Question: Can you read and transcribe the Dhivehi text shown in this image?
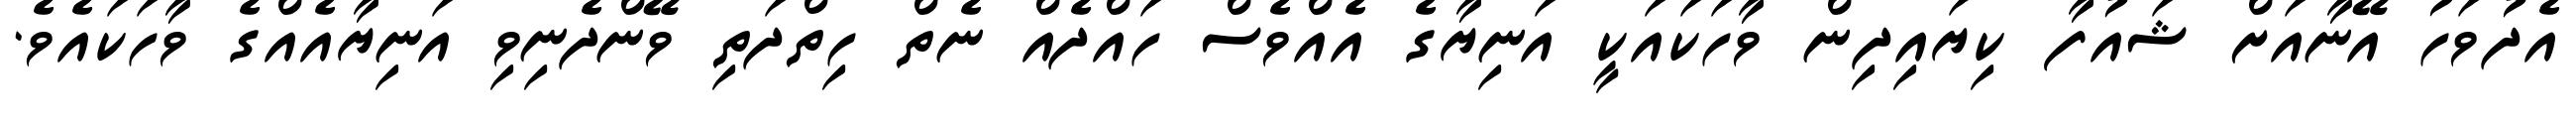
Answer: އެދުވަހު އޭނާއަށް ޝައުފާ ކިޔައިދިން ވާހަކައަކީ އަނިޔާގެ އެއްވެސް ހައްދެއް ނެތް ހިތްދަތި ވޭންދެނިވި އަނިޔާއެއްގެ ވާހަކައެވެ.